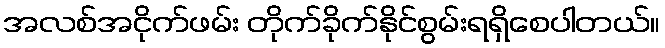
အလစ်အငိုက်ဖမ်း တိုက်ခိုက်နိုင်စွမ်းရရှိစေပါတယ်။